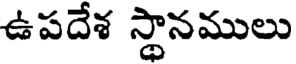
ఉపదేశ స్థానములు